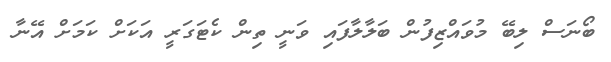
ބޯނަސް ލިބޭ މުވައްޒިފުން ބަލާލާފައި ވަނީ ތިން ކެޓަގަރީ އަކަށް ކަމަށް އޭނާ